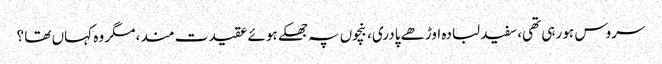
سروس ہو رہی تھی، سفید لبادہ اوڑھے پادری، بنچوں پہ جھکے ہوئے عقیدت مند، مگر وہ کہاں تھا ؟